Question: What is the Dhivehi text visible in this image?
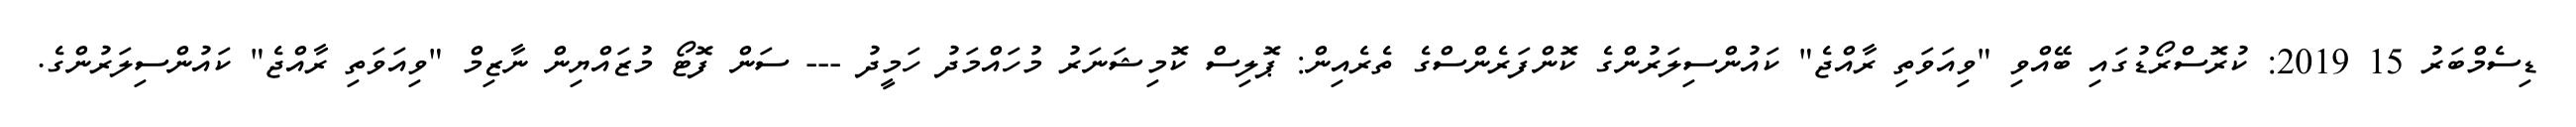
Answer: ޑިސެމްބަރު 15 2019: ކުރޮސްރޯޑުގައި ބޭއްވި "ވިއަވަތި ރާއްޖެ" ކައުންސިލަރުންގެ ކޮންފަރެންސްގެ ތެރެއިން: ޕޮލިސް ކޮމިޝަނަރު މުހައްމަދު ހަމީދު --- ސަން ފޮޓޯ މުޒައްޔިން ނާޒިމް "ވިއަވަތި ރާއްޖެ" ކައުންސިލަރުންގެ.